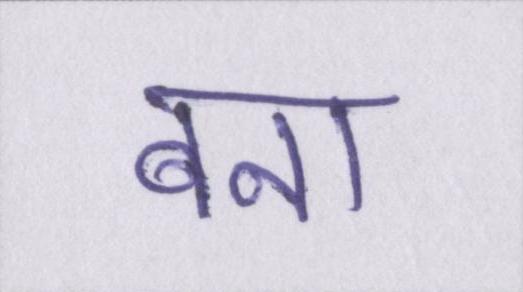
बना